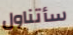
سأتناول